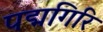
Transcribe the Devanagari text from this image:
पद्मगिरि